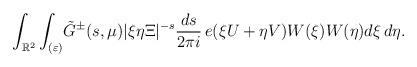
LaTeX: \begin{align*} \int_{\Bbb{R}^2} \int_{(\varepsilon)} & \tilde{G}^{\pm}(s, \mu) | \xi\eta\Xi|^{-s} \frac{ds }{2\pi i } \, e(\xi U+\eta V ) W(\xi) W(\eta) d\xi \, d\eta. \end{align*}